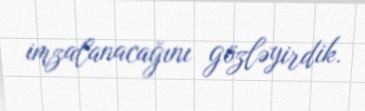
imzalanacağını gözləyirdik.